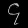
Digit: ၄